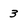
Character: 3